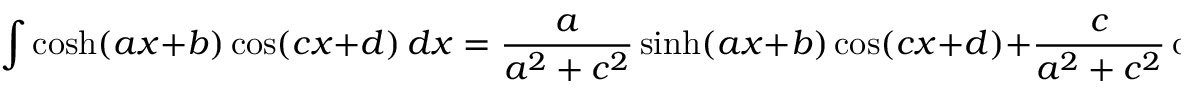
\int \cosh ( a x + b ) \cos ( c x + d ) \, d x = { \frac { a } { a ^ { 2 } + c ^ { 2 } } } \sinh ( a x + b ) \cos ( c x + d ) + { \frac { c } { a ^ { 2 } + c ^ { 2 } } } \cosh ( a x + b ) \sin ( c x + d ) + C